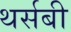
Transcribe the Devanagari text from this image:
थर्सबी